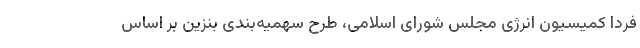
فردا کمیسیون انرژی مجلس شورای اسلامی، طرح سهمیه‌بندی بنزین بر اساس